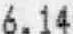
6.14